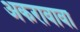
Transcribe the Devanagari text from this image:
अकरावावा